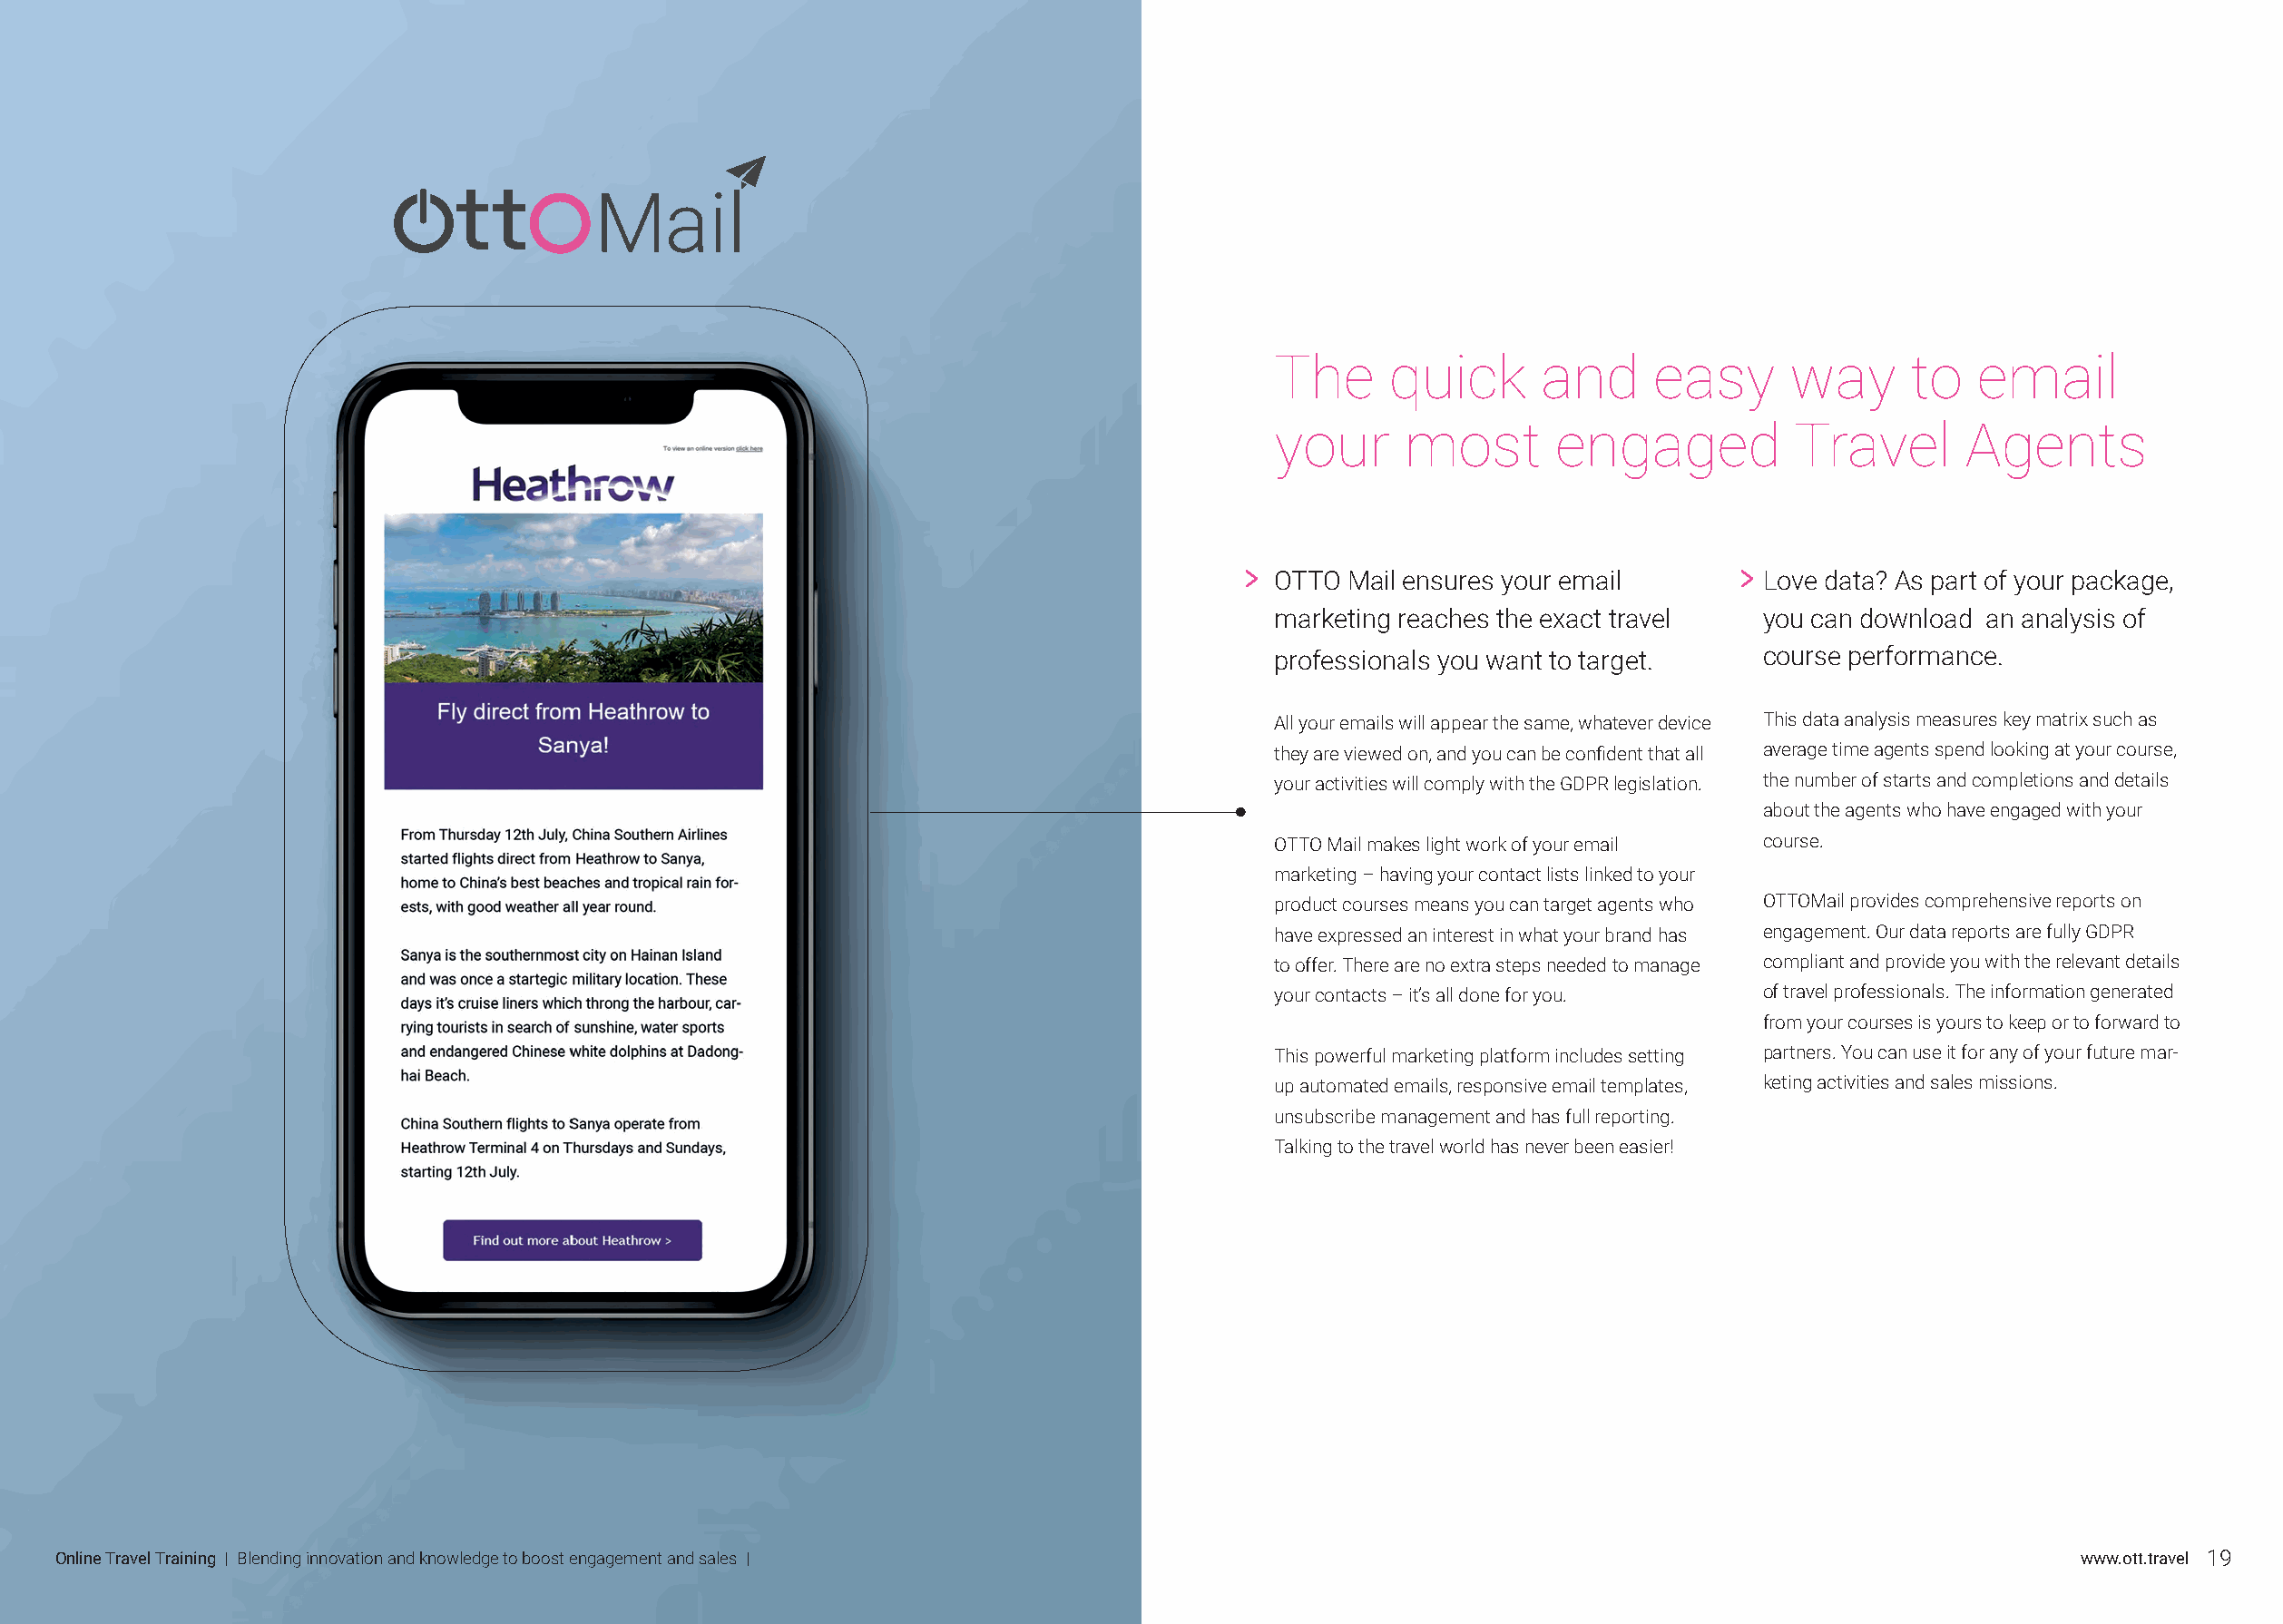
Mail
 The     quick      and      easy      way     to   email
 your     most       engaged           Travel      Agents
 OTTO Mail ensures your email        Love data? A s part of your package,
 marketing reaches the exact travel  you can download an analysis of
 professionals you want to target.   course performance.
 All your emails will appear the same, whatever device This data analysis measures key matrix such as
 they are viewed on, and you can be confident that all average time agents spend looking at your course,
 your activities will comply with the GDPR legislation. the number of starts and completions and details
 about the agents who have engaged with your
 OTTO Mail makes light work of your email course.
 marketing – having your contact lists linked to your
 product courses means you can target agents who OTTOMail provides comprehensive reports on
 have expressed an interest in what your brand has engagement. Our data reports are fully GDPR
 to offer. There are no extra steps needed to manage compliant and provide you with the relevant details
 your contacts – it’s all done for you. of travel professionals. The information generated
 from your courses is yours to keep or to forward to
 This powerful marketing platform includes setting partners. You can use it for any of your future mar-
 up automated emails, responsive email templates, keting activities and sales missions.
 unsubscribe management and has full reporting.
 Talking to the travel world has never been easier!
 Online Travel Training | Blending innovation and knowledge to boost engagement and sales |                                                          www.ott.travel 19